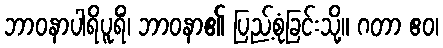
ဘာဝနာပါရိပူရိံ၊ ဘာဝနာ၏ ပြည့်စုံခြင်းသို့။ ဂတာ ဧဝ၊